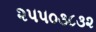
૨૫૫૦૩૮૩૨